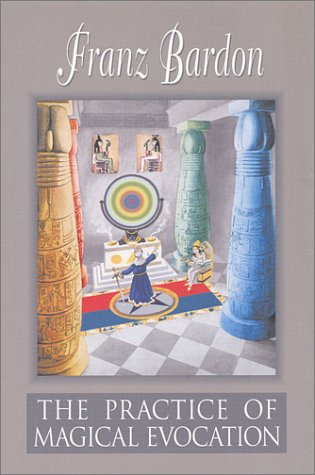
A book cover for The Practice of Magical Evocation; Franz Bardon; Religion & Spirituality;